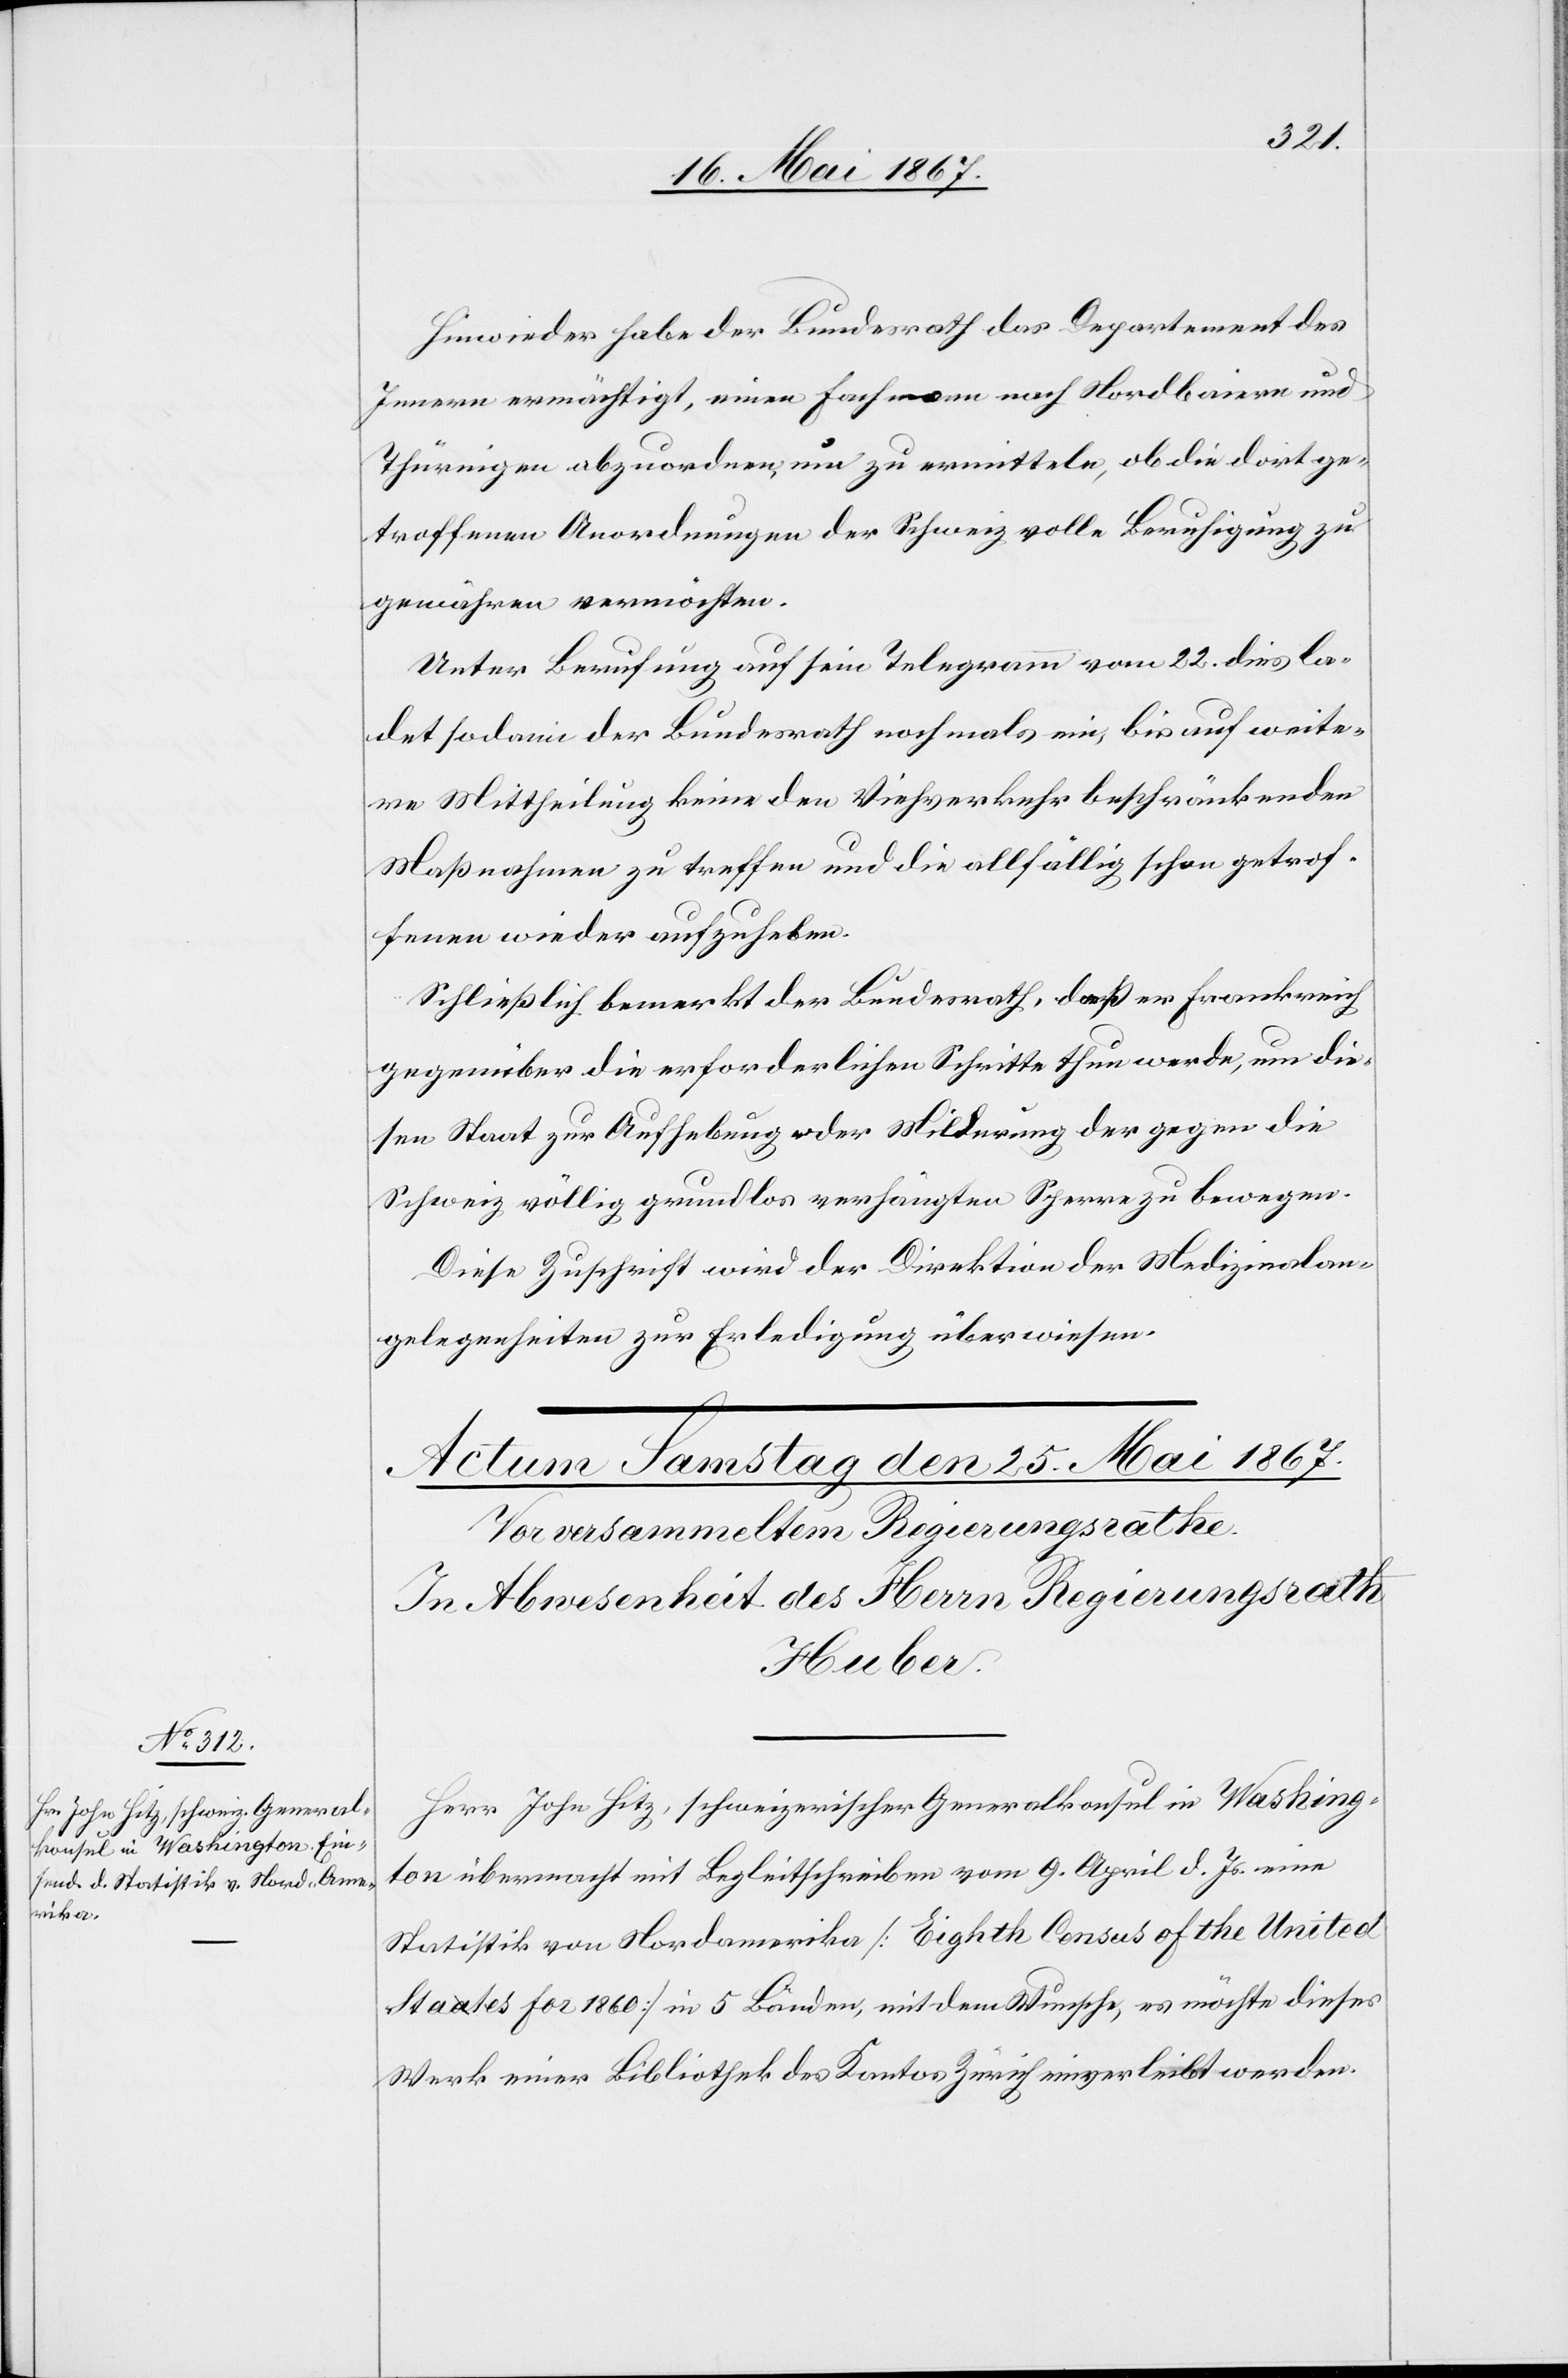
Hinwieder habe der Bundesrath das Departement des
Innern ermächtigt, einen Fachmann nach Nordbaiern und
Thüringen abzuordnen, um zu ermitteln, ob die dort ge¬
troffenen Anordnungen der Schweiz volle Beruhigung zu
gewähren vermöchten.
Unter Berufung auf sein Telegramm vom 22. dies la¬
det sodann der Bundesrath nochmals ein, bis auf weite¬
re Mittheilung keine den Viehverkauf beschränkenden
Maßnahmen zu treffen und die allfällig schon getrof¬
fenen wieder aufzuheben.
Schließlich bemerkt der Bundesrath, daß er Frankreich
gegenüber die erforderlichen Schritte thun werde, um die¬
sen Staat zur Aufhebung oder Mildung der gegen die
Schweiz völlig grundlos verhängten Sperre zu bewegen.
Diese Zuschrift wird der Direktion der Medizinalan¬
gelegenheiten zur Erledigung überwiesen.
Herr John Hitz, schweizerischer Generalkonsul in Washing¬
ton übermacht mit Begleitschreiben vom 9. April d. Js. eine
Statistik von Nordamerika [Eigth Census of the United
Staates for 1860] in 5 Ländern, mit dem Wunsche, es möchte dieses
Werk einer Bibliothek des Kantons Zürich einverleibt werden.